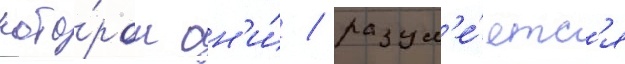
кото́ром он'и́ / разум'е́етс'я